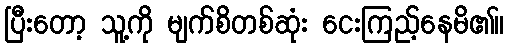
ပြီးတော့ သူ့ကို မျက်စိတစ်ဆုံး ငေးကြည့်နေမိ၏။